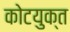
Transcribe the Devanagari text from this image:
कोटयुक्त